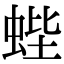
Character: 蜌